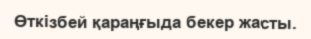
Өткізбей қараңғыда бекер жасты.